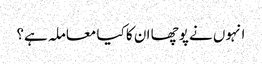
انہوں نے پوچھا ان کا کیا معاملہ ہے؟